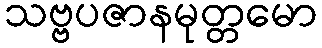
သဗ္ဗပဇာနမုတ္တမော